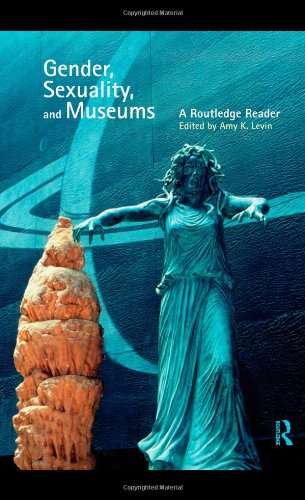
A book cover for Gender, Sexuality and Museums: A Routledge Reader; Gay & Lesbian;